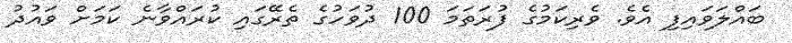
ބައްލަވައިިފި އެވެ. ވެރިކަމުގެ ފުރަތަމަ 100 ދުވަހުގެ ތެރޭގައި ކުރައްވާނެ ކަމަށް ވައުދު